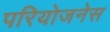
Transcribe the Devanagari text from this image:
परियोजनेस